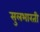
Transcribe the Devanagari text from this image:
सुलभारती